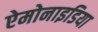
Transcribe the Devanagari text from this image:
ऐमोनाइडिया